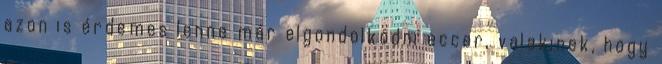
azon is érdemes lenne már elgondolkodni eccer, valakinek, hogy